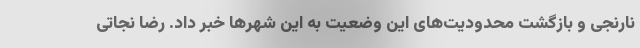
نارنجی و بازگشت محدودیت‌های این وضعیت به این شهرها خبر داد. رضا نجاتی